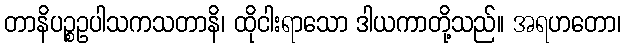
တာနိပဉ္စဥပါသကသတာနိ၊ ထိုငါးရာသော ဒါယကာတို့သည်။ အရဟတော၊